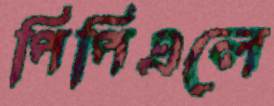
পিপিএলে